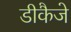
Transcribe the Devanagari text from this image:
डीकैजे